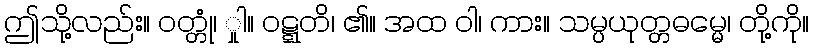
ဤသို့လည်း။ ဝတ္တုံ၊ ှုါ။ ဝဋ္ဋတိ၊ ၏။ အထ ဝါ၊ ကား။ သမ္ပယုတ္တဓမ္မေ၊ တို့ကို။